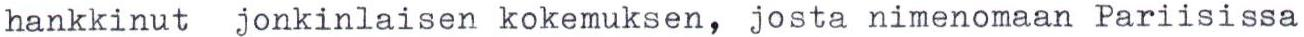
hankkinut jonkinlaisen kokemuksen, josta nimenomaan Pariisissa